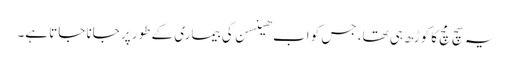
یہ سچ مچ کا کوڑھ ہی تھا، جس کو اب ھینسن کی بیماری کے طور پر جانا جاتا ہے۔